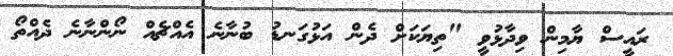
ރައީސް ޔާމިން ވިދާޅުވީ "ތިޔަކަށް ދެން އަޅުގަނޑު ބުނާނެ އެއްޗެއް ނޯންނާނެ ދެއްތޯ